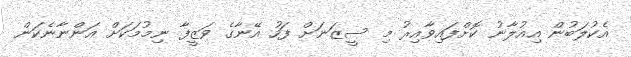
އެކުލަބުން އިއުލާނު ކޮށްފައިވާއިރު މި ސީޒަނަށް ފަހު އޭނާގެ ވަޒީފާ ނިމުމަކަށް އަންނާނެކަން